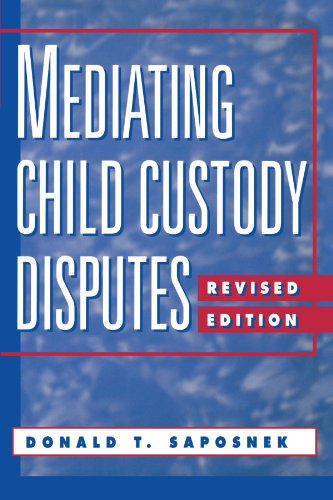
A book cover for Mediating Child Custody Disputes: A Strategic Approach; Donald T. Saposnek; Law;